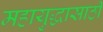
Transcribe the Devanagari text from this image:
महायुद्धासाठी